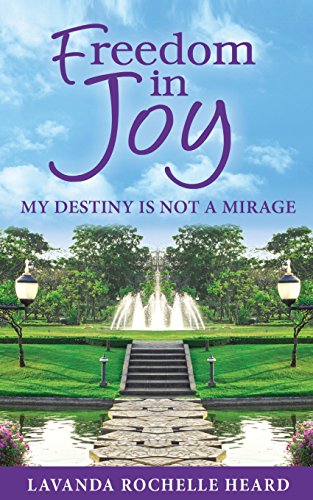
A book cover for Freedom In Joy, My Destiny Is Not A Mirage; Lavanda Rochelle Heard; Parenting & Relationships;